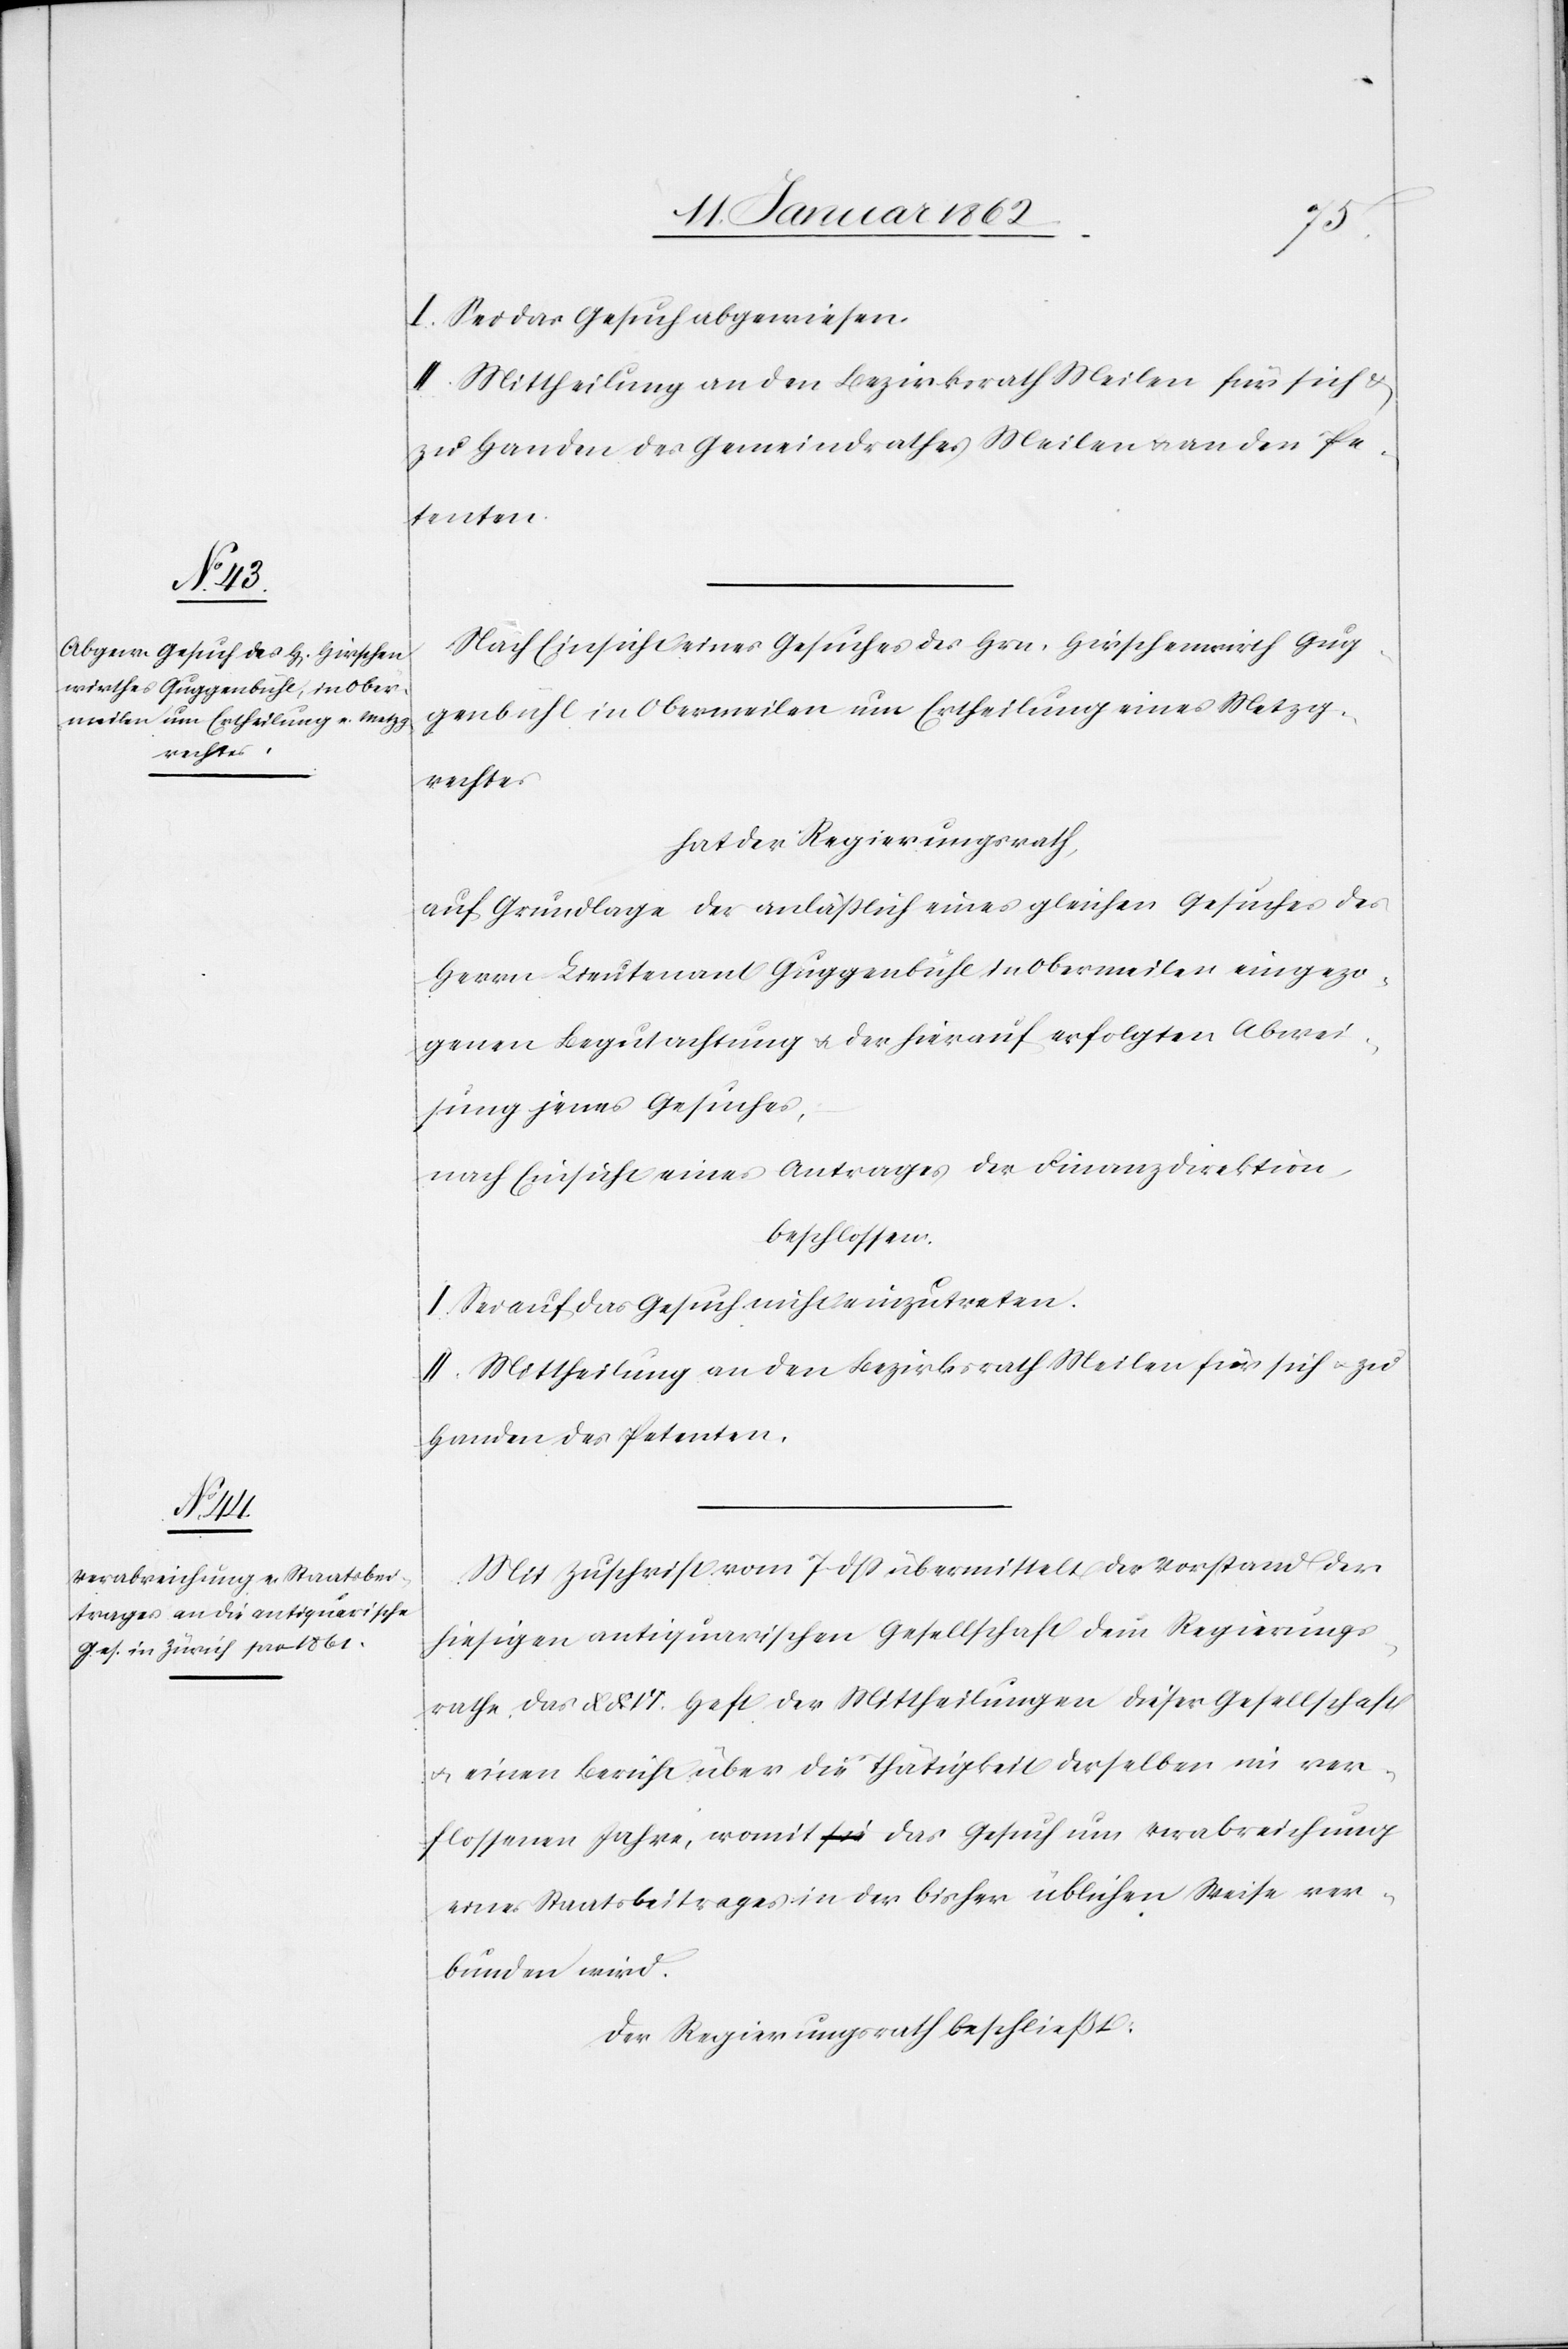
I. Sei das Gesuch abgewiesen.
II. Mittheilung an den Bezirksrath Meilen für sich u.
zu Handen des Gemeindrathes Meilen u. an den Pe¬
tenten.
Nach Einsicht eines Gesuches des Hrn. Hirschenwirt Gug¬
genbühl in Obermeilen um Ertheilung eines Metzg¬
rechtes
hat der Regierungsrath,
auf Grundlage der anläßlich eines gleichen Gesuches des
Herrn Lieutenant Guggenbühl in Obermeilen eingezo¬
genen Begutachtung u. der hierauf erfolgten Abwei¬
sung jenes Gesuches,
nach Einsicht eines Antrages der Finanzdirektion,
beschlossen:
I. Sei auf das Gesuch nicht einzutreten.
II. Mittheilung an den Bezirksrath Meilen für sich u. zu
Handen des Petenten.
Mit Zuschrift vom 7 dß übermittelt der Vorstand der
hiesigen antiquarischen Gesellschaft dem Regierungs¬
rathe das XXVI. Heft der Mittheilungen dieser Gesellschaft
u. einen Bericht über die Thätigkeit derselben im ver¬
flossenen Jahre, womit das Gesuch um Verabreichung
eines Staatsbeitrages in der bisher üblichen Weise ver¬
bunden wird.
Der Regierungsrath beschließt: